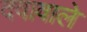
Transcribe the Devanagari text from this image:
दवावाले